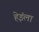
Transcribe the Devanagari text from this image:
हेइंला